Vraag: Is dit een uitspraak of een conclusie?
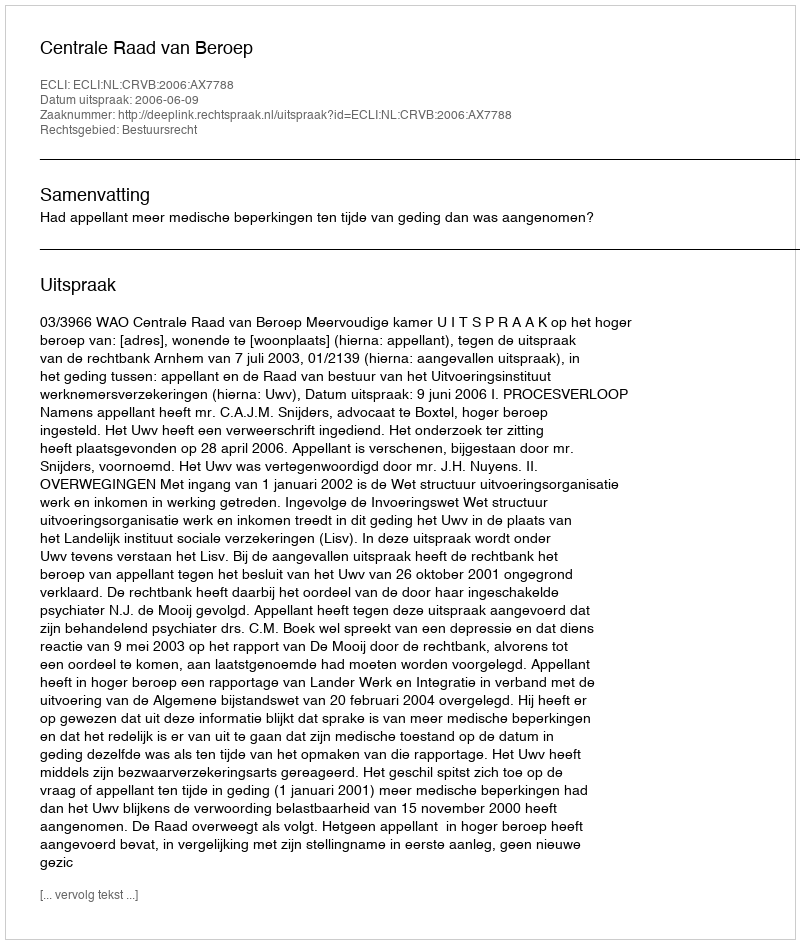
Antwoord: Uitspraak